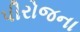
પીરોજના